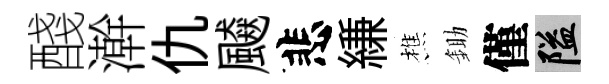
醆澣仇飇悲縑樵鋤僅隘